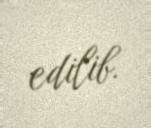
edilib.